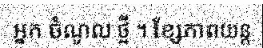
អ្នក ចំណូល ថ្មី ។ ខ្សែភាពយន្ត